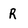
Character: r